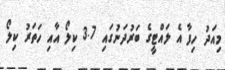
މިއަދު ހިފާ އެ ލައްޓީގެ ބަރުދަނުގައި 3.7 ކިލޯ އާއި ހަތަރު ކިލޯ